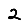
Digit: 2